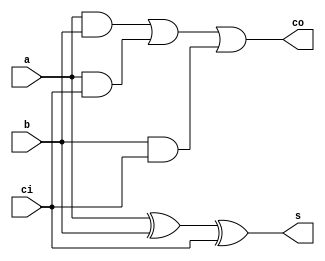
/*--  *******************************************************
--  Computer Architecture Course, Laboratory Sources 
--  Amirkabir University of Technology (Tehran Polytechnic)
--  Department of Computer Engineering (CE-AUT)
--  https://ce[dot]aut[dot]ac[dot]ir
--  *******************************************************
--  All Rights reserved (C) 2019-2020
--  *******************************************************
--  Student ID  : 9831066
--  Student Name: Mohammad Mahdi Nemati Haravani
--  Student Mail: adel110@aut.ac.ir
--  *******************************************************
--  Additional Comments:
--
--*/

/*-----------------------------------------------------------
---  Module Name: Full Adder Gate Level
---  Description: Lab 07 Part 1
-----------------------------------------------------------*/
`timescale 1 ns/1 ns


module Full_Adder(
		input a ,
		input b ,
		input ci ,
		output s ,
		output co
	);
	
	assign s = a ^ b ^ ci;
	assign co = a & b | a & ci | b & ci ;

endmodule